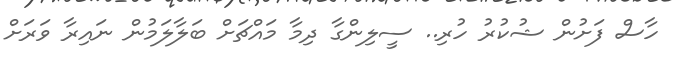
ހާސް ފަށުން ޝުކުރު ހުރި.. ސީލިންގާ ދިމާ މައްޗަށް ބަލާލަމުން ނައިރާ ވަރަށް